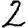
Digit: 2